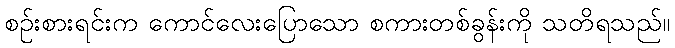
စဉ်းစားရင်းက ကောင်လေးပြောသော စကားတစ်ခွန်းကို သတိရသည်။